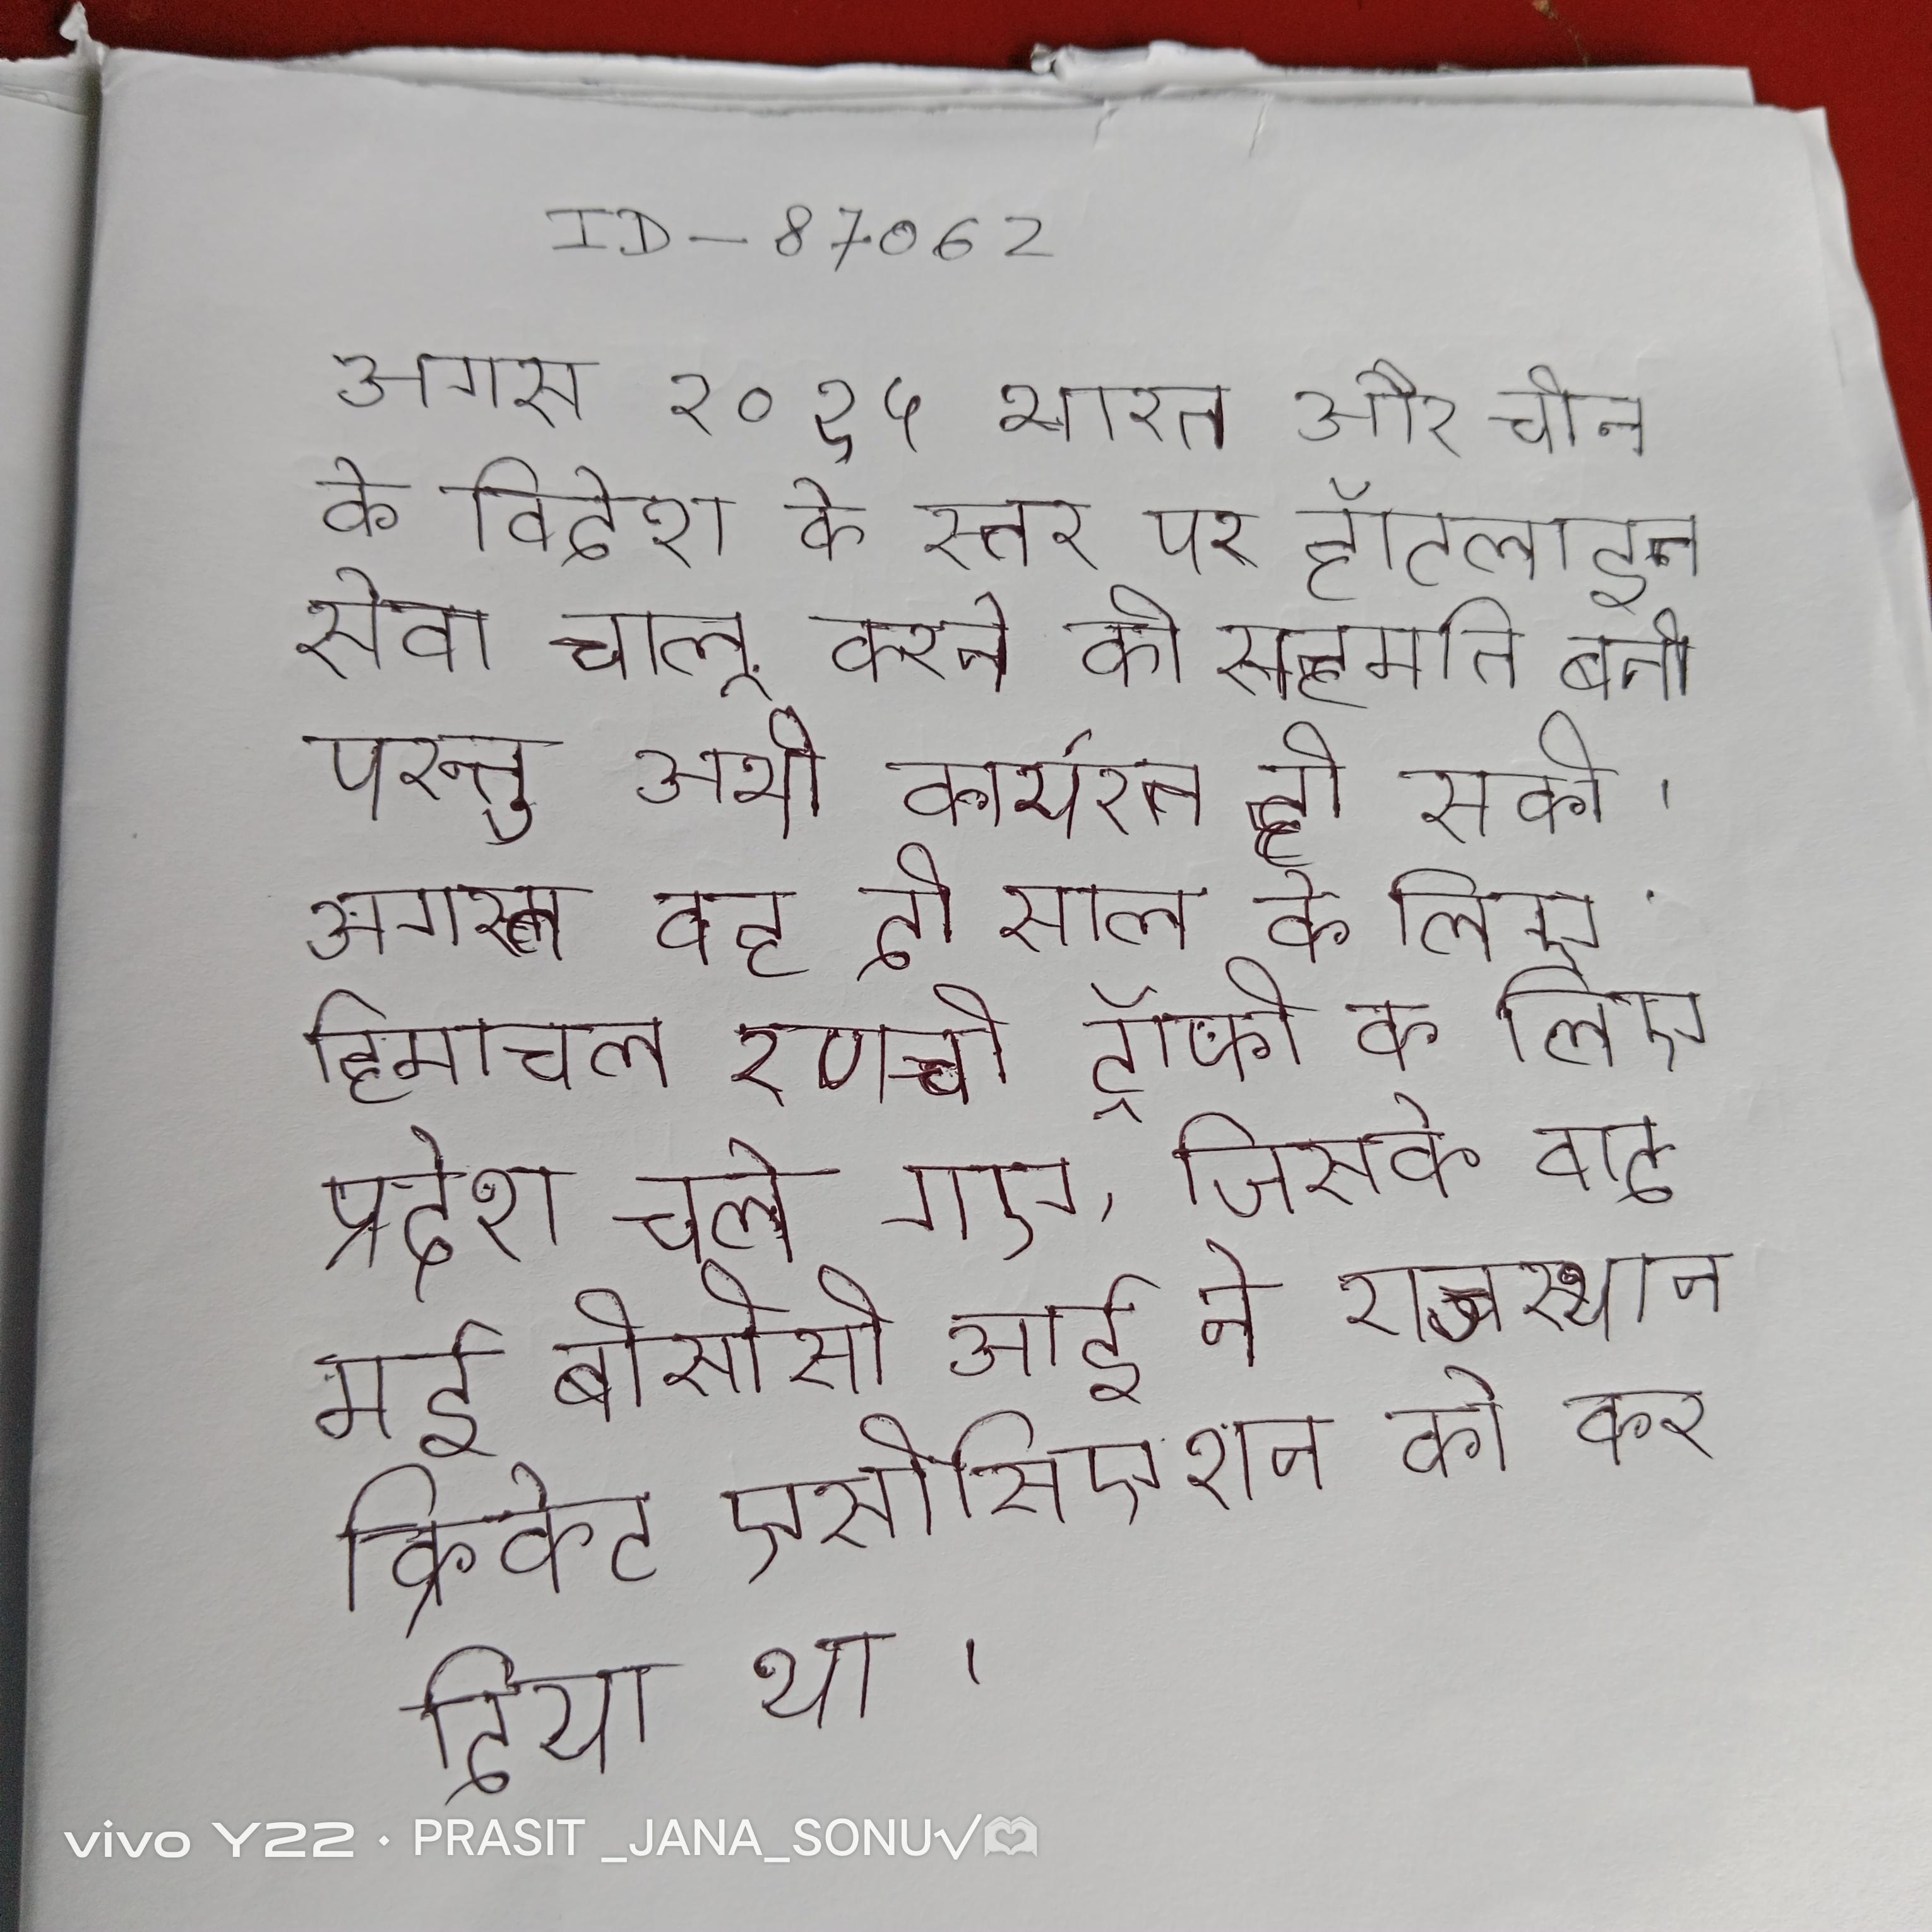
अगस्त २०१५ भारत और चीन के विदेश के स्तर पर हॉटलाइन सेवा चालू करने की सहमति बनी परन्तु अभी कार्यरत हो सकी । अगस्त वह दो साल के लिए रणजी ट्रॉफी के लिए हिमाचल प्रदेश चले गए, जिसके बाद मई बीसीसीआई ने राजस्थान क्रिकेट एसोसिएशन को कर दिया था ।